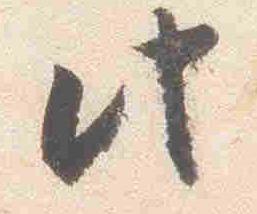
此